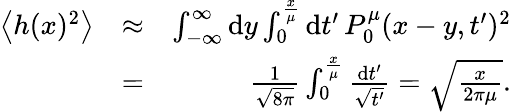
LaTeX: \begin{array}{rlr}{\left<h(x)^{2}\right>}&{\approx}&{\int_{-\infty}^{\infty}\mathrm{d}y\int_{0}^{\frac x\mu}\mathrm{d}t^{\prime}\, P_{0}^{\mu}(x-y,t^{\prime})^{2}}\\ &{=}&{\frac{1}{\sqrt{8\pi}}\int_{0}^{\frac x\mu}\frac{\mathrm{d}t^{\prime}}{\sqrt{t^{\prime}}}=\sqrt{\frac{x}{2\pi\mu}}.}\end{array}